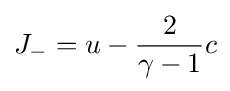
J_{-}=u-{\frac {2}{\gamma -1}}c